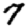
Digit: 7